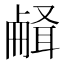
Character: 𰆉